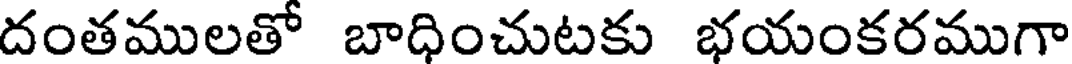
దంతములతో బాధించుటకు భయంకరముగా